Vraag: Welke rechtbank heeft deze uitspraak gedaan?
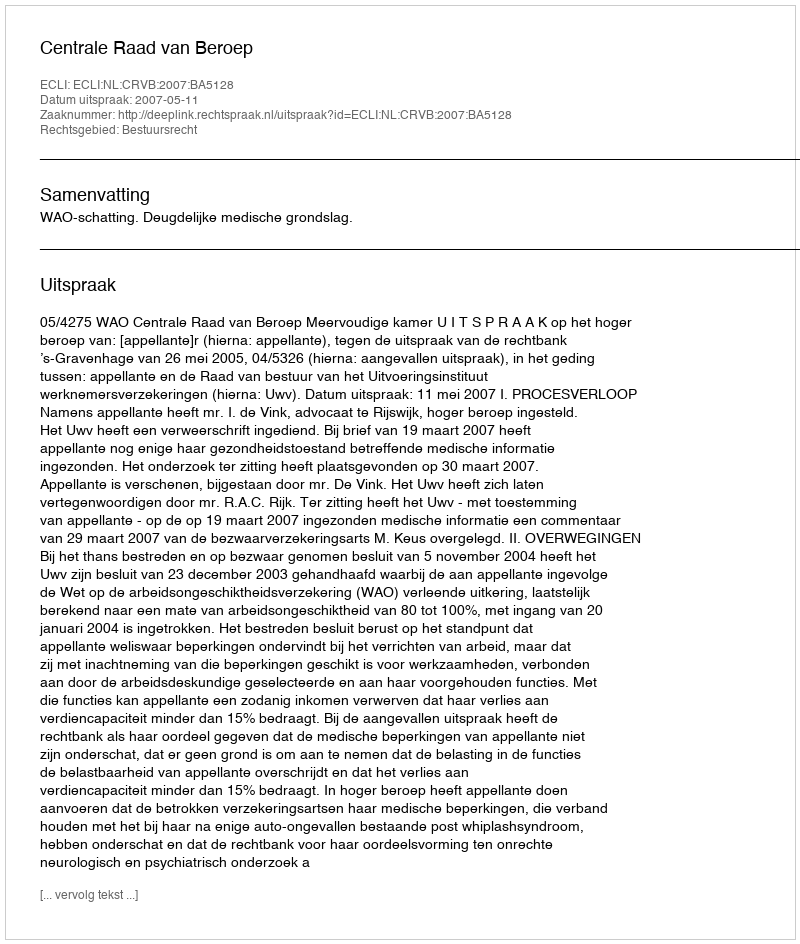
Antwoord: Centrale Raad van Beroep